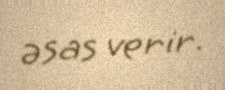
əsas verir.